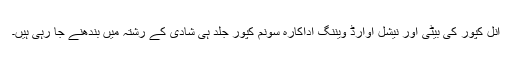
انل کپور کی بیٹی اور نیشل اوارڈ ویننگ اداکارہ سونم کپور جلد ہی شادی کے رشتہ میں بندھنے جا رہی ہیں۔